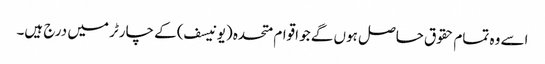
اسے وہ تمام حقوق حاصل ہوں گے جو اقوام متحدہ (یونیسف) کے چارٹر میں درج ہیں۔